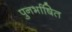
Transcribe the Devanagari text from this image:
पुनर्भाषित